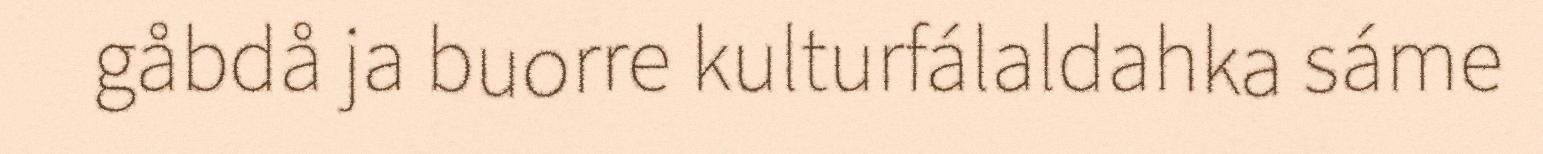
gåbdå ja buorre kulturfálaldahka sáme